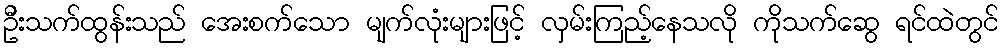
ဦးသက်ထွန်းသည် အေးစက်သော မျက်လုံးများဖြင့် လှမ်းကြည့်နေသလို ကိုသက်ဆွေ ရင်ထဲတွင်